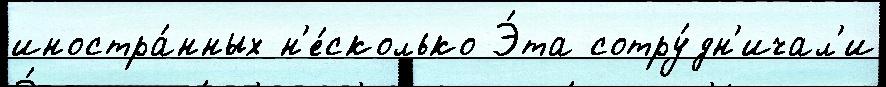
иностра́нных н'е́сколько Э́та сотру́дн'ичал'и